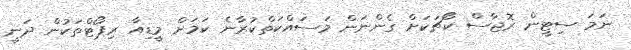
ނަމަ ސިޓީން ރޮޖާސް ކޯޗަކަށް ގެންނަން މަސައްކަތްކުރާނެ ކަމަށް މީޑިއާ ރިޕޯޓްތަކުން ދަނީ